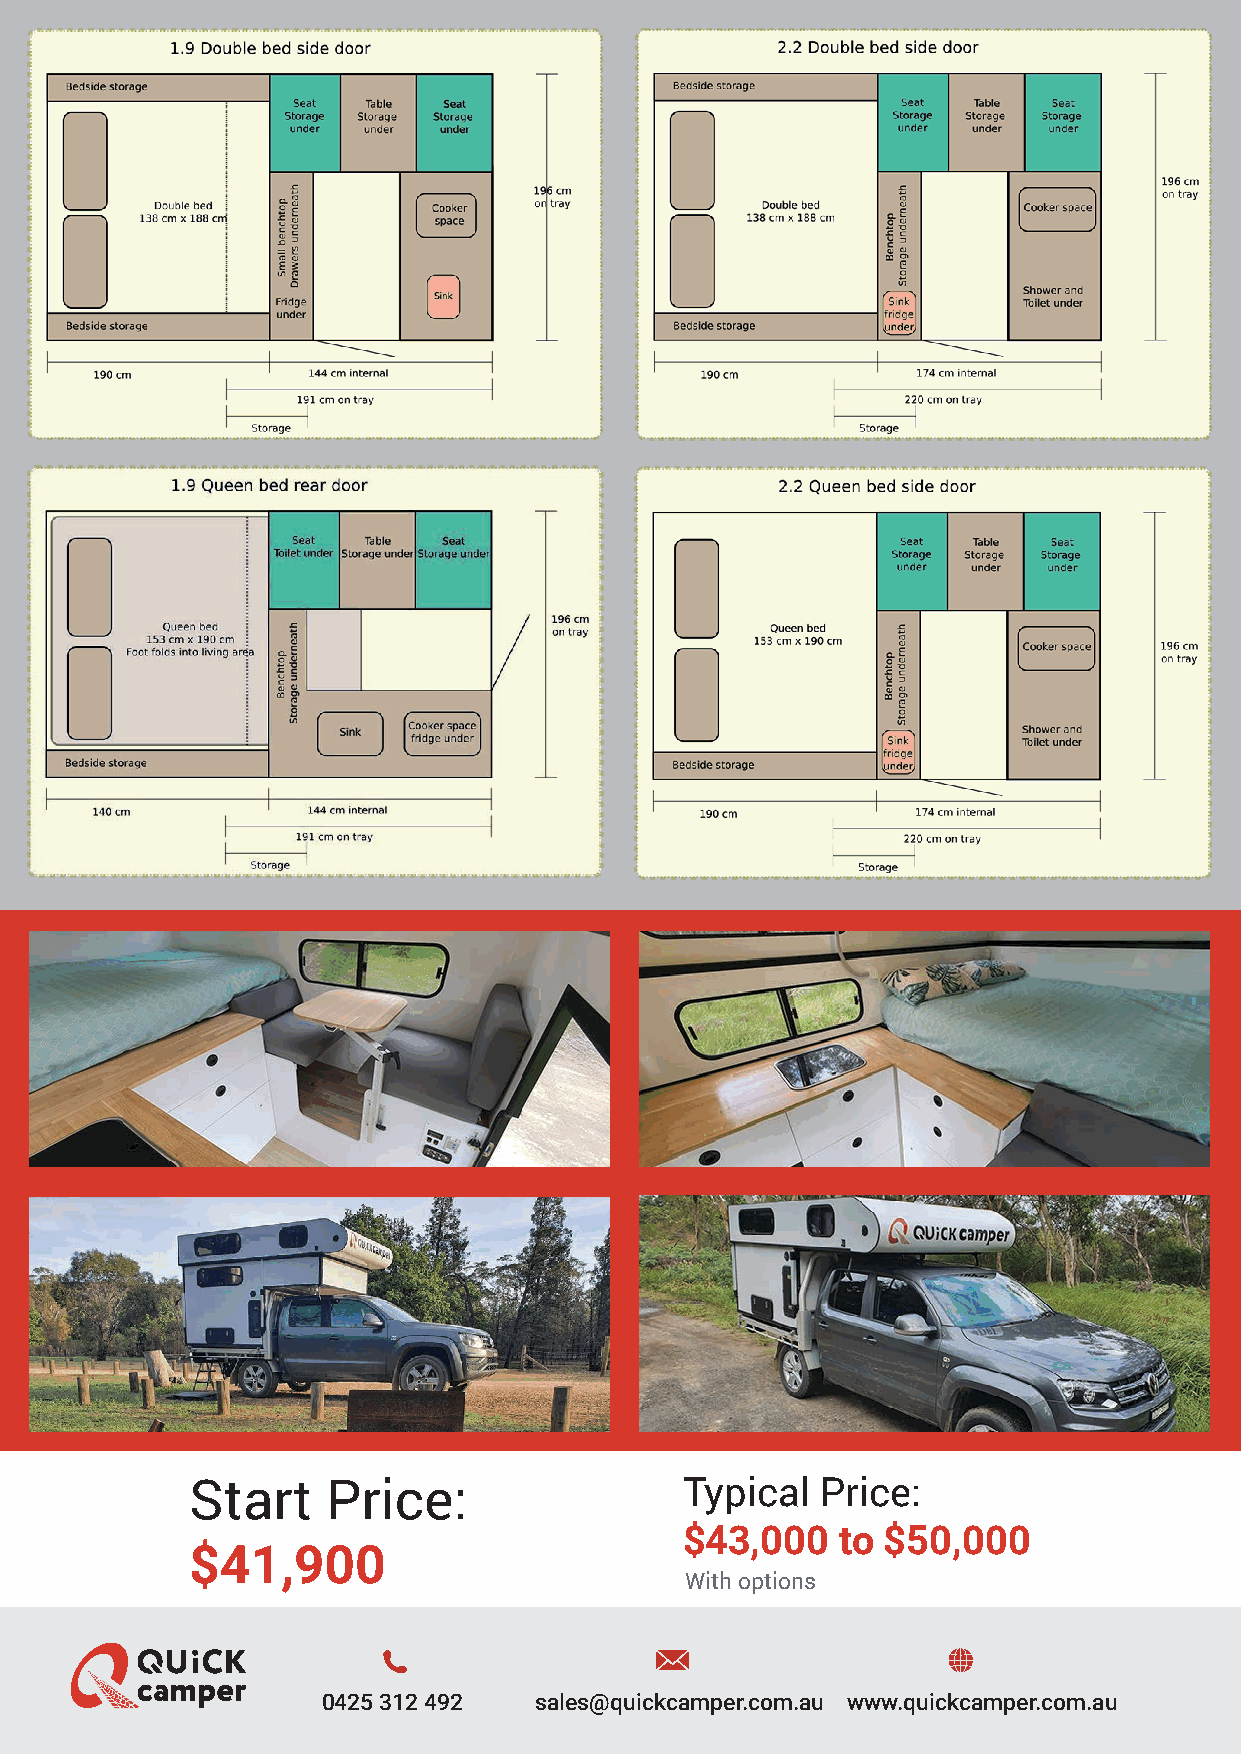
Start    Price:                 Typical  Price:
 $43,000    to $50,000
 $41,900
 With options
 0425 312 492  sales@quickcamper.com.au www.quickcamper.com.au